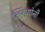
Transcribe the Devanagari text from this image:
लिंगयोनी